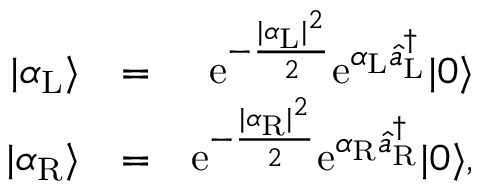
\begin{array} { r l r } { | \alpha _ { \mathrm { L } } \rangle } & { = } & { \mathrm { e } ^ { - \frac { | \alpha _ { \mathrm { L } } | ^ { 2 } } { 2 } } \mathrm { e } ^ { \alpha _ { \mathrm { L } } \hat { a } _ { \mathrm { L } } ^ { \dagger } } | 0 \rangle } \\ { | \alpha _ { \mathrm { R } } \rangle } & { = } & { \mathrm { e } ^ { - \frac { | \alpha _ { \mathrm { R } } | ^ { 2 } } { 2 } } \mathrm { e } ^ { \alpha _ { \mathrm { R } } \hat { a } _ { \mathrm { R } } ^ { \dagger } } | 0 \rangle , } \end{array}